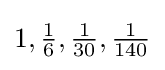
1,{\tfrac {1}{6}},{\tfrac {1}{30}},{\tfrac {1}{140}}